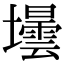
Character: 壜